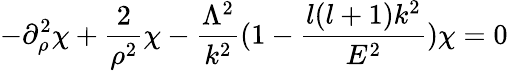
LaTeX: -\partial_{\rho}^{2}\chi+\frac{2}{\rho^{2}}\chi-\frac{\Lambda^{2}}{k^{2}}(1-\frac{l(l+1)k^{2}}{E^{2}})\chi=0